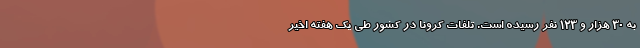
به ۳۰ هزار و ۱۲۳ نفر رسیده است. تلفات کرونا در کشور طی یک هفته اخیر